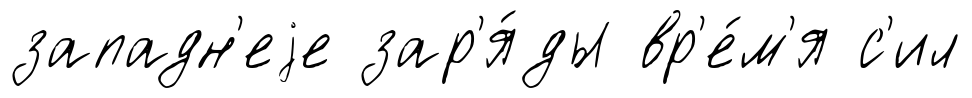
западн'еjе зар'я́ды вр'е́м'я с'ил